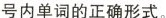
号内单词的正确形式。